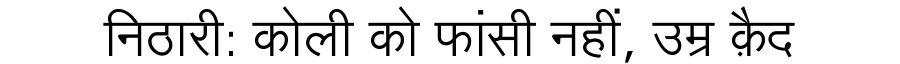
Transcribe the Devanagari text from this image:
निठारी: कोली को फांसी नहीं, उम्र क़ैद